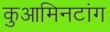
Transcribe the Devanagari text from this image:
कुआमिनटांग